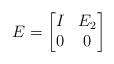
LaTeX: \begin{align*}E = \begin{bmatrix} I & E_2 \\ 0 & 0 \end{bmatrix}\end{align*}